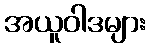
အယူဝါဒများ